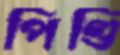
পিণ্ডি